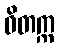
ဝိတက္က